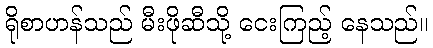
ရိုစာဟန်သည် မီးဖိုဆီသို့ ငေးကြည့် နေသည်။